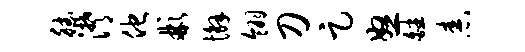
德潸他彬懈翎刀足怒皤舂